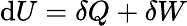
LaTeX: \mathrm{d}U=\delta Q+\delta W